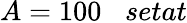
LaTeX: A=100\; \; \; setat